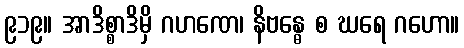
၉၁၉။ အာဒိစ္စာဒိမှိ ဂဟဏေ၊ နိဗန္ဓေ စ ဃရေ ဂဟော။